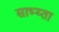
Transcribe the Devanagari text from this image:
साभ्य्ता